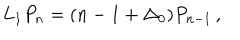
L _ { 1 } P _ { n } = ( n - 1 + \Delta _ { 0 } ) P _ { n - 1 } \, ,